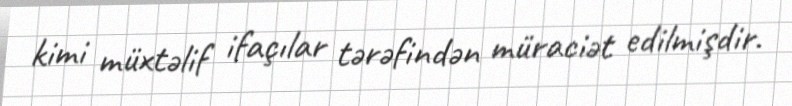
kimi müxtəlif ifaçılar tərəfindən müraciət edilmişdir.